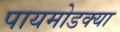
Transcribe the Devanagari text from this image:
पायमोडक्या